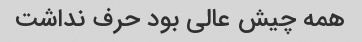
همه چیش عالی بود حرف نداشت